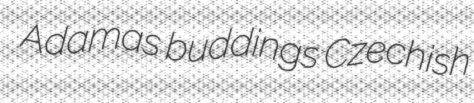
Adamas buddings Czechish